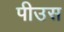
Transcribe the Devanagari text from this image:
पीउस